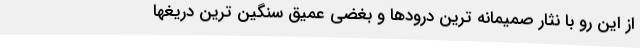
از این رو با نثار صمیمانه ترین درودها و بغضی عمیق سنگین ترین دریغها